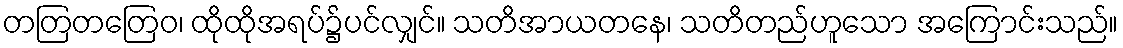
တတြတတြေဝ၊ ထိုထိုအရပ်၌ပင်လျှင်။ သတိအာယတနေ၊ သတိတည်ဟူသော အကြောင်းသည်။